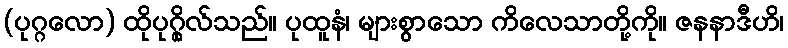
(ပုဂ္ဂလော) ထိုပုဂ္ဂိုလ်သည်။ ပုထူနံ၊ များစွာသော ကိလေသာတို့ကို။ ဇနနာဒီဟိ၊